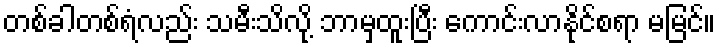
တစ်ခါတစ်ရံလည်း သမီးသိလို့ ဘာမှထူးပြီး ကောင်းလာနိုင်စရာ မမြင်။